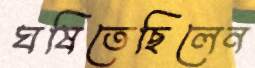
ঘষিতেছিলেন